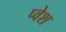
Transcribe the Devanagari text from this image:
प्वेश